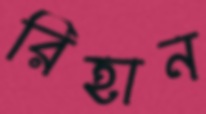
রিহান